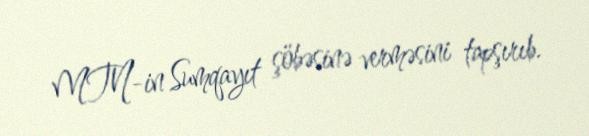
MTN-in Sumqayıt şöbəsinə verməsini tapşırıb.